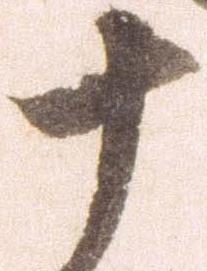
十